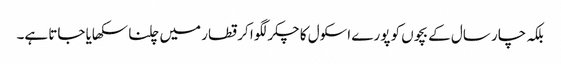
بلکہ چار سال کے بچوں کو پورے اسکول کا چکر لگوا کر قطار میں چلنا سکھایا جاتا ہے۔